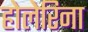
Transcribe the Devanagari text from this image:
होलेरिना